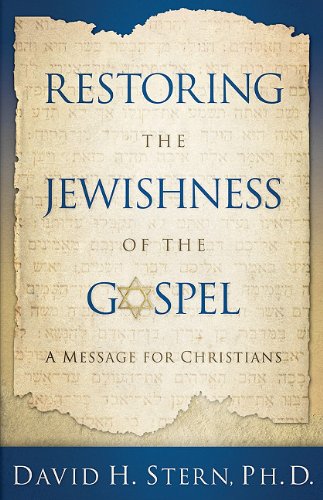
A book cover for Restoring the Jewishness of the Gospel: A Message for Christians Condensed from Messianic Judaism; David H. Stern Ph.D; Christian Books & Bibles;